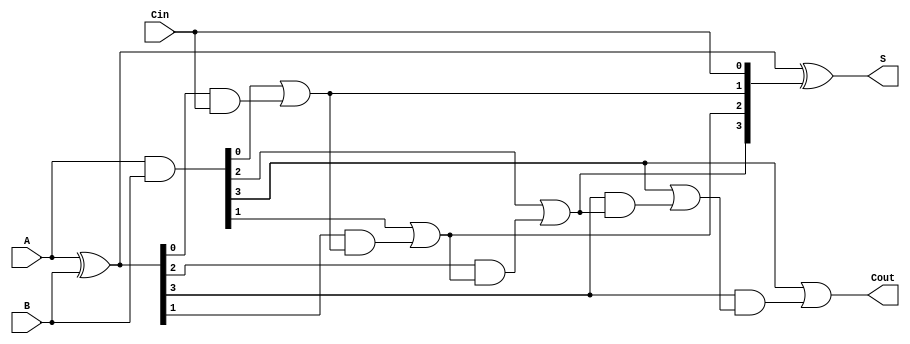
module LingAdder #(parameter N = 4) (
    input  [N-1:0] A,      // First n-bit input
    input  [N-1:0] B,      // Second n-bit input
    input          Cin,     // Carry-in
    output [N-1:0] S,      // Sum output
    output         Cout     // Carry-out
);

    wire [N-1:0] G;        // Generate signals
    wire [N-1:0] P;        // Propagate signals
    wire [N:0] C;          // Carry signals

    // Generate and Propagate signals
    assign G = A & B;      // G[i] = A[i] AND B[i]
    assign P = A ^ B;      // P[i] = A[i] XOR B[i]

    // Carry signals calculation
    assign C[0] = G[0] | (P[0] & Cin); // Cout[0]
    
    genvar i;
    generate
        for (i = 1; i < N; i = i + 1) begin : carry_gen
            assign C[i] = G[i] | (P[i] & C[i-1]); // Cout[i]
        end
    endgenerate

    assign C[N] = G[N-1] | (P[N-1] & C[N-1]); // Cout for the last bit

    // Sum calculation
    assign S = P ^ {C[N-1:0], Cin}; // S[i] = P[i] XOR Cin or carry from previous stage

    // Final carry-out
    assign Cout = C[N];

endmodule